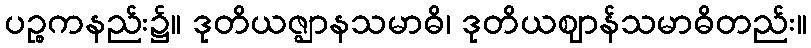
ပဉ္စကနည်း၌။ ဒုတိယဇ္ဈာနသမာဓိ၊ ဒုတိယဈာန်သမာဓိတည်း။